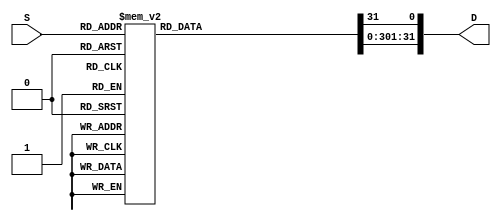
module decoder_5_32 (output reg [31:0] D, input [4:0] S);

//Input (S): 5 bit selector (32 options), 2^5=32
//Output (D): 32 bit, Selected line 1, other lines 0

always @ (D, S)

	casez (S)
		//Setting all output lines to 0, selected bit in D set to 1
		5'b00000: begin D = 32'b0; D[0] = 1; end
		5'b00001: begin D = 32'b0; D[1] = 1; end
		5'b00010: begin D = 32'b0; D[2] = 1; end
		5'b00011: begin D = 32'b0; D[3] = 1; end
		5'b00100: begin D = 32'b0; D[4] = 1; end
		5'b00101: begin D = 32'b0; D[5] = 1; end
		5'b00110: begin D = 32'b0; D[6] = 1; end
		5'b00111: begin D = 32'b0; D[7] = 1; end
		5'b01000: begin D = 32'b0; D[8] = 1; end
		5'b01001: begin D = 32'b0; D[9] = 1; end
		5'b01010: begin D = 32'b0; D[10] = 1; end
		5'b01011: begin D = 32'b0; D[11] = 1; end
		5'b01100: begin D = 32'b0; D[12] = 1; end
		5'b01101: begin D = 32'b0; D[13] = 1; end
		5'b01110: begin D = 32'b0; D[14] = 1; end
		5'b01111: begin D = 32'b0; D[15] = 1; end
		5'b10000: begin D = 32'b0; D[16] = 1; end
		5'b10001: begin D = 32'b0; D[17] = 1; end
		5'b10010: begin D = 32'b0; D[18] = 1; end
		5'b10011: begin D = 32'b0; D[19] = 1; end
		5'b10100: begin D = 32'b0; D[20] = 1; end
		5'b10101: begin D = 32'b0; D[21] = 1; end
		5'b10110: begin D = 32'b0; D[22] = 1; end
		5'b10111: begin D = 32'b0; D[23] = 1; end
		5'b11000: begin D = 32'b0; D[24] = 1; end
		5'b11001: begin D = 32'b0; D[25] = 1; end
		5'b11010: begin D = 32'b0; D[26] = 1; end
		5'b11011: begin D = 32'b0; D[27] = 1; end
		5'b11100: begin D = 32'b0; D[28] = 1; end
		5'b11101: begin D = 32'b0; D[29] = 1; end
		5'b11110: begin D = 32'b0; D[30] = 1; end
		5'b11111: begin D = 32'b0; D[31] = 1; end
	endcase

endmodule